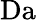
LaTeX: \mathrm{Da}